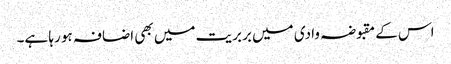
اس کے مقبوضہ وادی میں بربریت میں بھی اضافہ ہو رہا ہے۔